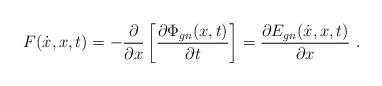
LaTeX: \begin{align*}F (\dot{x},x,t) = - \frac{\partial}{\partial x} \left [\frac{\partial \Phi_{gn} (x,t)}{\partial t} \right ] = \frac{\partial E_{gn}(\dot{x},x,t)}{\partial x}\ .\end{align*}